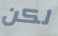
لكن